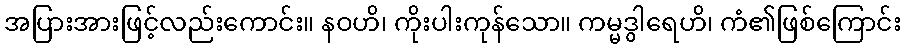
အပြားအားဖြင့်လည်းကောင်း။ နဝဟိ၊ ကိုးပါးကုန်သော။ ကမ္မဒွါရေဟိ၊ ကံ၏ဖြစ်ကြောင်း